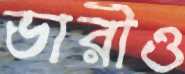
ভারীও